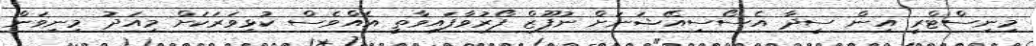
މިނިސްޓްރީ އިން ސީދާ އެސޯސިއޭޝަނަށް ނުފޫޒް ފޯރުވާފައިވާތީ އެއްވެސް ކުޅިވަރަކަށް މިއަދު މިނިވަން